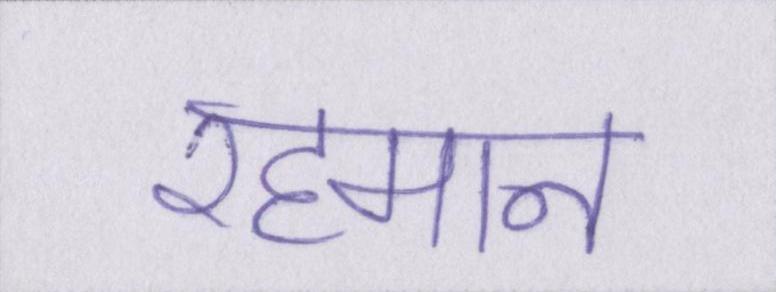
रहमान